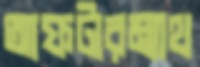
আফটারম্যাথ